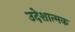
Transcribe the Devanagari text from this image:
उदेशात्मक